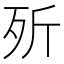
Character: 歽